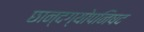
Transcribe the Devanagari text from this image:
छान्दग्योपनिषद